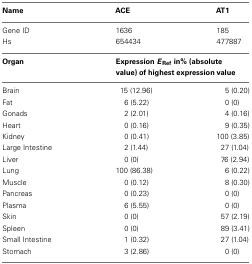
<table><thead><tr><td><b>Name</b></td><td><b>ACE</b></td><td><b>AT1</b></td></tr></thead><tbody><tr><td>Gene ID</td><td>1636</td><td>185</td></tr><tr><td>Hs</td><td>654434</td><td>477887</td></tr><tr><td><b>Organ</b></td><td colspan="2"><b>Expression <i>E</i><sub>Ref</sub> in% (absolute value) of highest expression value</b></td></tr><tr><td>Brain</td><td>15 (12.96)</td><td>5 (0.20)</td></tr><tr><td>Fat</td><td>6 (5.22)</td><td>0 (0)</td></tr><tr><td>Gonads</td><td>2 (2.01)</td><td>4 (0.16)</td></tr><tr><td>Heart</td><td>0 (0.16)</td><td>9 (0.35)</td></tr><tr><td>Kidney</td><td>0 (0.41)</td><td>100 (3.85)</td></tr><tr><td>Large Intestine</td><td>2 (1.44)</td><td>27 (1.04)</td></tr><tr><td>Liver</td><td>0 (0)</td><td>76 (2.94)</td></tr><tr><td>Lung</td><td>100 (86.38)</td><td>6 (0.22)</td></tr><tr><td>Muscle</td><td>0 (0.12)</td><td>8 (0.30)</td></tr><tr><td>Pancreas</td><td>0 (0.23)</td><td>0 (0)</td></tr><tr><td>Plasma</td><td>6 (5.55)</td><td>0 (0)</td></tr><tr><td>Skin</td><td>0 (0)</td><td>57 (2.19)</td></tr><tr><td>Spleen</td><td>0 (0)</td><td>89 (3.41)</td></tr><tr><td>Small Intestine</td><td>1 (0.32)</td><td>27 (1.04)</td></tr><tr><td>Stomach</td><td>3 (2.86)</td><td>0 (0)</td></tr></tbody></table>